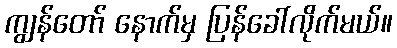
ကျွန်တော် နောက်မှ ပြန်ခေါ်လိုက်မယ်။